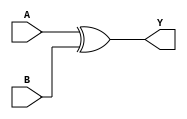
module XOR_Gate_Delay (
    input wire A,
    input wire B,
    output reg Y
);

// introducing a delay of 1 time unit using an XOR gate
always @(A or B) begin
    #1 Y = A ^ B;
end

endmodule